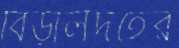
বিড়ালদহের